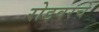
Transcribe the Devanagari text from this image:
रोडवरचे